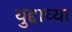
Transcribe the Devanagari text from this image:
युद्दाच्या